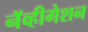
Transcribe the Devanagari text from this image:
नॅव्हीगेशन